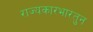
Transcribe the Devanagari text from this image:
राज्यकारभारतुन